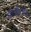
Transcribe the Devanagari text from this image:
सी॰ई॰ओ॰